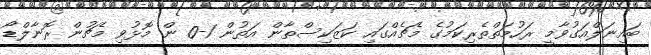
ބައިނަލްއަގުވާމީ ރަހުމަތްތެރިކަމުގެ މެޗެއްގައި ކަޒަކިސްތާން އަތުން 1-0 ން މޮޅުވި މެޗުން ރޮނާލްޑޯ